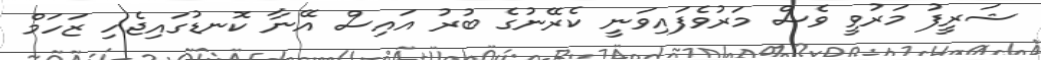
ޝަރީފު މަރުވީ ވެސް މަރުވެފައިވަނީ ކެރޭނުގެ ބުރު އައިސް އޭނާ ކޮނޑުގައިޖެހި ޒަހަމް